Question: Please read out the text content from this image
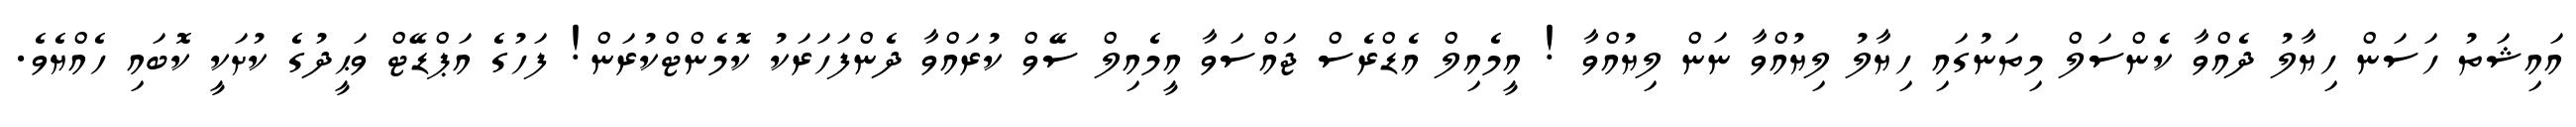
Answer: އައިޝަތު ހަސަން ހިޔާލު ދެއްވާ ކެންސަލް މިތަނުގައި ހިޔާލު ލިޔުއްވާ ނަން ލިޔުއްވާ ! އީމެއިލް އެޑްރެސް ޖައްސަވާ އީމެއިލް ސޭވް ކުރައްވާ ދެންފަހަރަކު ކޮމެންޓްކުރަން! ފަހުގެ އަޕްޑޭޓް ވަޙީދުގެ ކުށަކީ ކޮބައި ހެއްޔެވެ.